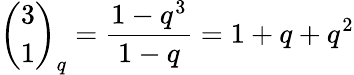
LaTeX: {\binom{3}{1}}_{q}={\frac{1-q^{3}}{1-q}}=1+q+q^{2}